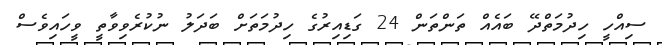
ސިއްހީ ހިދުމަތްދޭ ބައެއް ތަންތަން 24 ގަޑިއިރުގެ ހިދުމަތަށް ބަދަލު ނުކުރެވިވާތީ ވީހައިވެސް